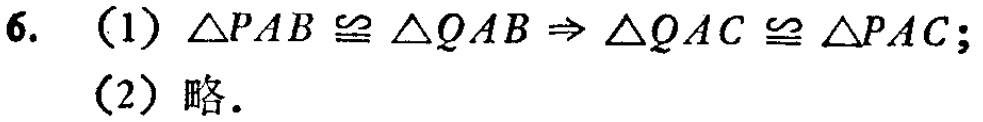
6. (1) $\triangle PAB\cong\triangle QAB\Rightarrow\triangle QAC\cong\triangle PAC$;
(2) 略.